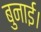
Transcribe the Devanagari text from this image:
बुनाई।